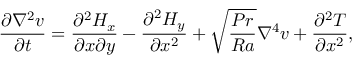
\frac { \partial \nabla ^ { 2 } { v } } { \partial t } = \frac { \partial ^ { 2 } H _ { x } } { \partial x \partial y } - \frac { \partial ^ { 2 } H _ { y } } { \partial x ^ { 2 } } + \sqrt { \frac { P r } { R a } } \nabla ^ { 4 } { v } + \frac { \partial ^ { 2 } T } { \partial x ^ { 2 } } ,